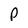
Character: P